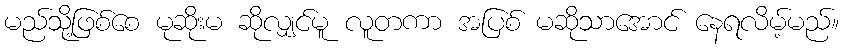
မည်သို့ဖြစ်စေ မုဆိုးမ ဆိုလျှင်မူ လူတကာ အပြစ် မဆိုသာအောင် နေရလိမ့်မည်။